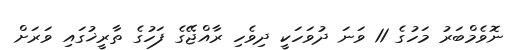
ނޮވެމްބަރު މަހުގެ 11 ވަނަ ދުވަހަކީ ދިވެހި ރާއްޖޭގެ ފަހުގެ ތާރީޚުގައި ވަރަށް